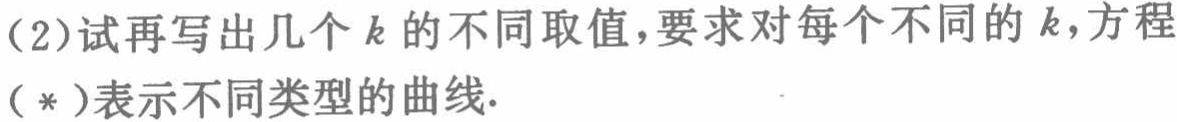
(2)试再写出几个 \(k\) 的不同取值，要求对每个不同的 \(k\)，方程
（*）表示不同类型的曲线.